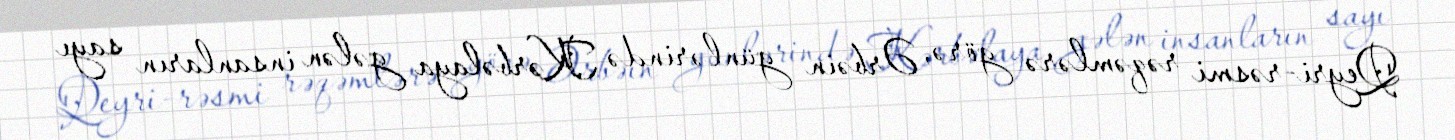
Qeyri-rəsmi rəqəmlərə görə, Ərbəin günlərində Kərbəlaya gələn insanların sayı